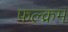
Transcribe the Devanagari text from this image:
फल्क्रम